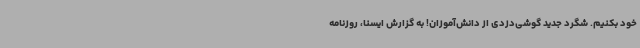
خود بکنیم. شگرد جدید گوشی‌دزدی از دانش‌آموزان! به گزارش ایسنا، روزنامه